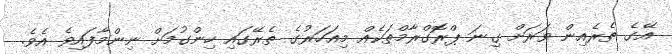
އޭގެ ތެރެއިން ވަރަށް ގިނަ ޕްރޮގްރާމްތަކެއް މިއަހަރުގެ ތެރޭގައި ހިންގުމަށް ނިންމާފައިވެ އެވެ.